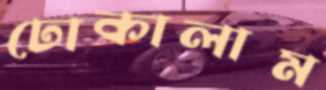
ঢোকালাম